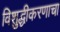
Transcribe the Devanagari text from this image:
विशुद्धीकरणाचा